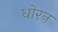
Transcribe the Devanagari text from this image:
धोरन